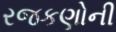
રજકણોની